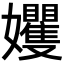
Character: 𡤬